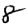
Digit: 8